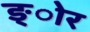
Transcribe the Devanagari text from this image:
ङ्ोर